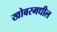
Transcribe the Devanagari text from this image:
खोबरमधील